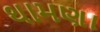
થામણા